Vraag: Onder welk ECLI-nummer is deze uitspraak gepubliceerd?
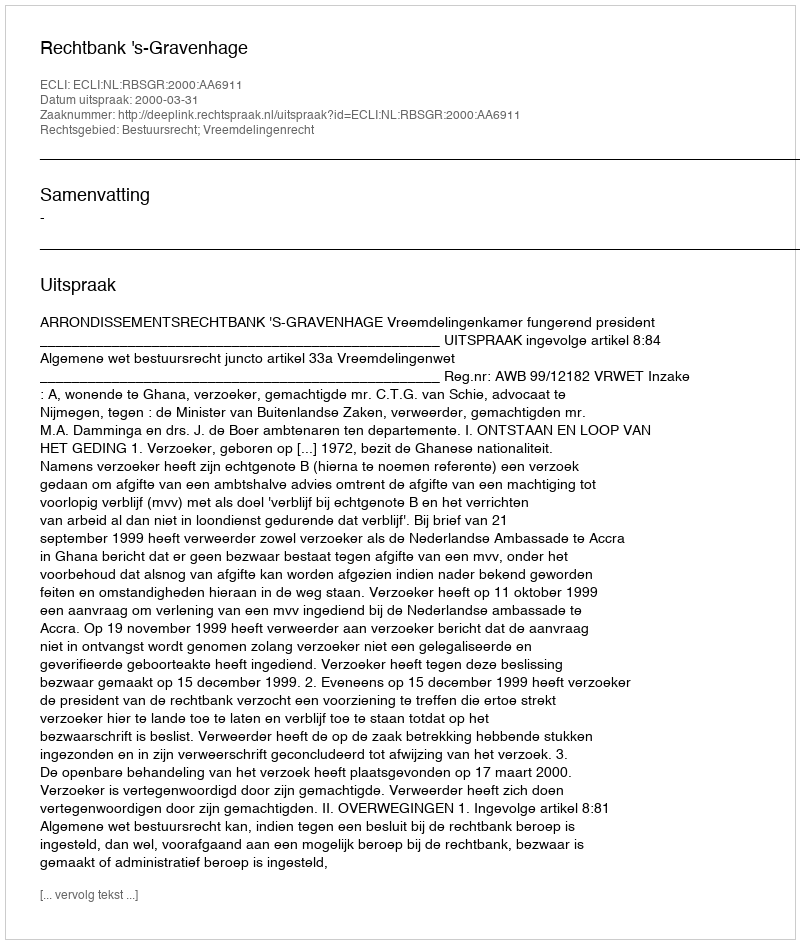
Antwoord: ECLI:NL:RBSGR:2000:AA6911